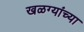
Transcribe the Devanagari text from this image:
खळग्यांच्या